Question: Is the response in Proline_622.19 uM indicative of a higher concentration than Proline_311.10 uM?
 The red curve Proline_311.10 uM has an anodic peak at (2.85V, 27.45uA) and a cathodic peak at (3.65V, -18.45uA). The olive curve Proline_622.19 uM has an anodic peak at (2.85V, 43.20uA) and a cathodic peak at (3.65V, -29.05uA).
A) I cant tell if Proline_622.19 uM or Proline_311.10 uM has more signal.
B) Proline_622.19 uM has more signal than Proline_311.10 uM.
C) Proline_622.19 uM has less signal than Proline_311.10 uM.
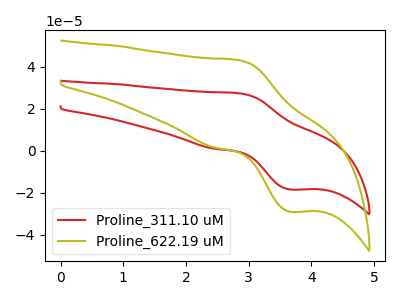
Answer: <think>All the peaks in "Proline_622.19 uM" have a peak in "Proline_311.10 uM" at the same potential. Every peak in "Proline_622.19 uM" is higher than every peak in "Proline_311.10 uM".
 </think>
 <answer>B) "Proline_622.19 uM" has more signal than "Proline_311.10 uM".</answer>
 <eval>B</eval>